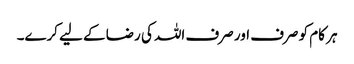
ہر کام کو صرف اور صرف اللہ کی رضا کے لیے کرے۔